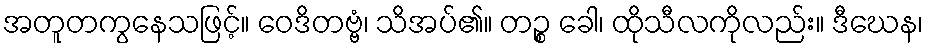
အတူတကွနေသဖြင့်။ ဝေဒိတဗ္ဗံ၊ သိအပ်၏။ တဉ္စ ခေါ၊ ထိုသီလကိုလည်း။ ဒီဃေန၊